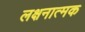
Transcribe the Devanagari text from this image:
लक्षनात्मक